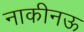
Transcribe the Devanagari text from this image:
नाकीनऊ